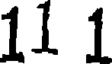
11 1